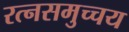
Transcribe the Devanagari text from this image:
रत्नसमुच्चय